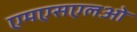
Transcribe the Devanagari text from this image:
एमएसएलओ